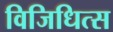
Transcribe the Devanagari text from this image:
विजिधित्स